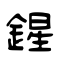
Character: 鍟